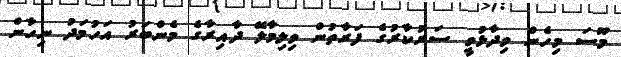
މޫސަ މިހެން ވިދާޅުވީ ސަރުކާރުގެ ފަރާތުން ވިލިމާލޭ ދާއިރާގެ މެންބަރު އަހުމަދު ނިހާން